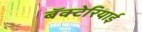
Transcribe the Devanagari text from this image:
बॅक्टेरियाई